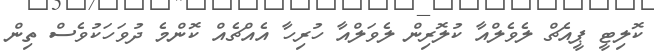
ކޮލިޓީ ޕީއެޗް ލެވެލްއާ ކުލޮރިން ލެވަލްއާ ހުރިހާ އެއްޗެއް ކޮންމެ ދުވަހަކުވެސް ތިން